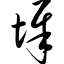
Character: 墀